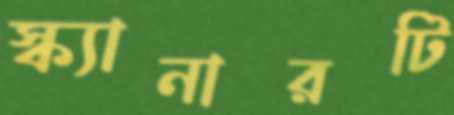
স্ক্যানারটি